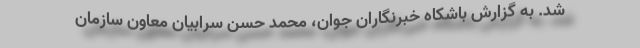
شد. به گزارش باشکاه خبرنگاران جوان، محمد حسن سرابیان معاون سازمان